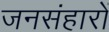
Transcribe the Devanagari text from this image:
जनसंहारों